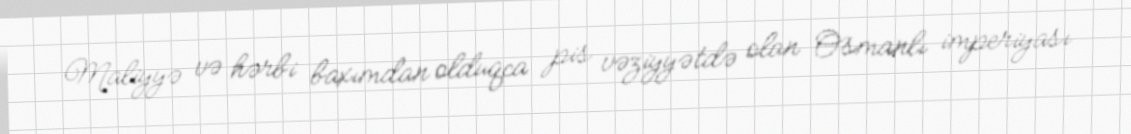
Maliyyə və hərbi baxımdan olduqca pis vəziyyətdə olan Osmanlı imperiyası